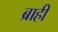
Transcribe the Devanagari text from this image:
ब्राही